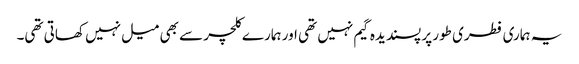
یہ ہماری فطری طور پر پسندیدہ گیم نہیں تھی اور ہمارے کلچر سے بھی میل نہیں کھاتی تھی۔